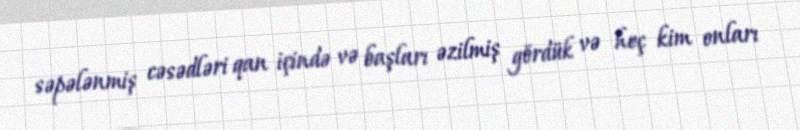
səpələnmiş cəsədləri qan içində və başları əzilmiş gördük və heç kim onları